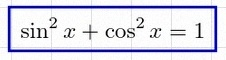
\sin^2x+\cos^2x=1